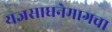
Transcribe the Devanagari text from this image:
यज्ञसाधनेमागचा